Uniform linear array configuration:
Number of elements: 24
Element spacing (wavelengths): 0.25
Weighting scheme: kaiser
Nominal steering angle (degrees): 30
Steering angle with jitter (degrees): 30.807
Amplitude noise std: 0.05
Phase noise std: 0.05

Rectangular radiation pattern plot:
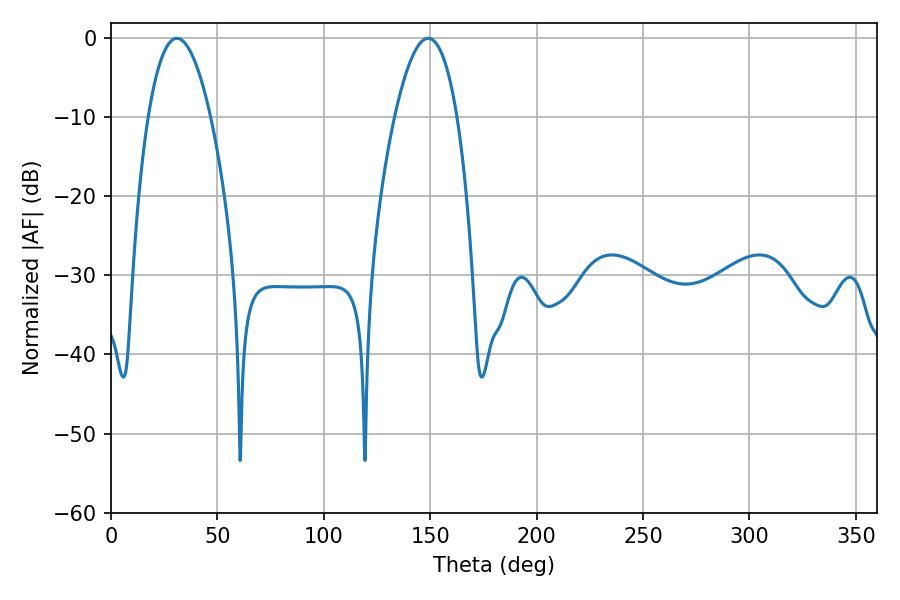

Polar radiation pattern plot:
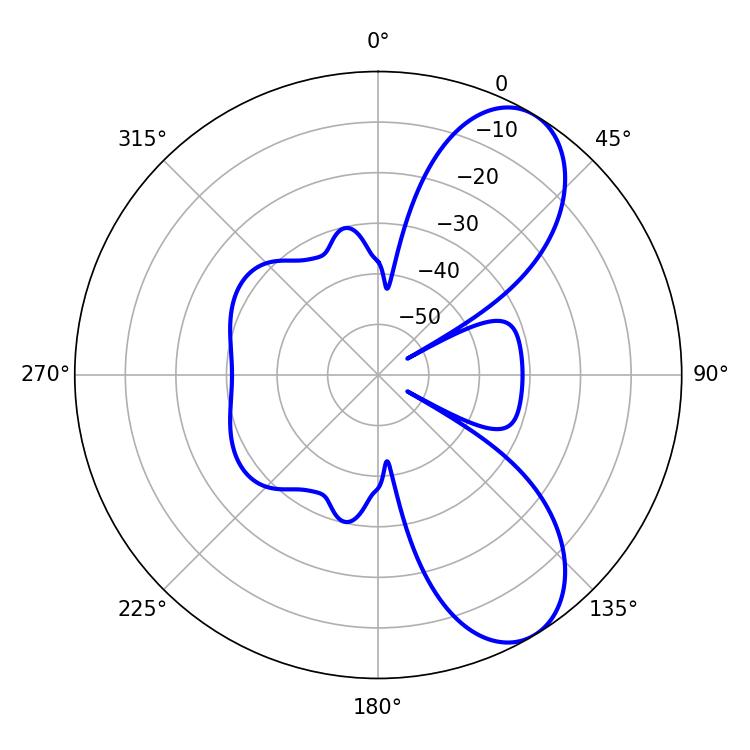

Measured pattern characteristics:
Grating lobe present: FALSE
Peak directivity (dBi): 8.051
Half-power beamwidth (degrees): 16.2
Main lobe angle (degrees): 30.96